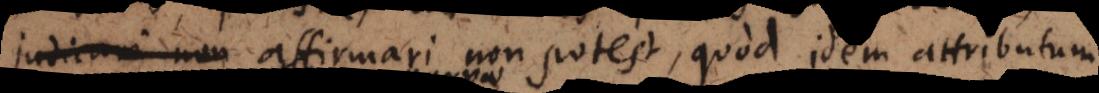
judicari non affirmari non potest, quod idem attributum